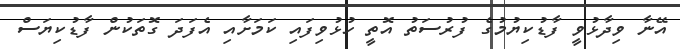
އޭނާ ވިދާޅުވީ ފާޑުކިޔުމުގެ ފުރުސަތު އޮތީ ހުޅުވިފައި ކަމަށާއި އެފަދަ ގޮތަކުން ފާޑުކިޔަސް